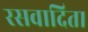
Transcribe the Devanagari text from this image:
रसवादिता